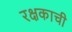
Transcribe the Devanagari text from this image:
रक्षकाची